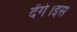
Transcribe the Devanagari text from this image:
देंगे।इस